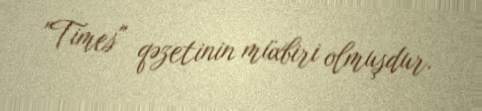
"Times" qəzetinin müxbiri olmuşdur.